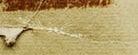
مستشفى الحياة